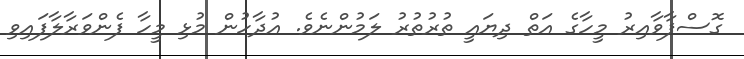
ގޮސްފާވާއިރު މީހާގެ އަތް ދިޔައީ ތުރުތުރު ލަމުންނެވެ. އުދާހުން މުޅި މީހާ ފެންވަރާލާފައިވި